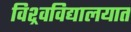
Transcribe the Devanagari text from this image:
विश्र्वविद्यालयात